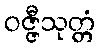
ဝဇ္ဇီသုတ္တံ